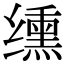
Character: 𫄸